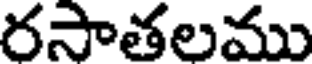
రసాతలము